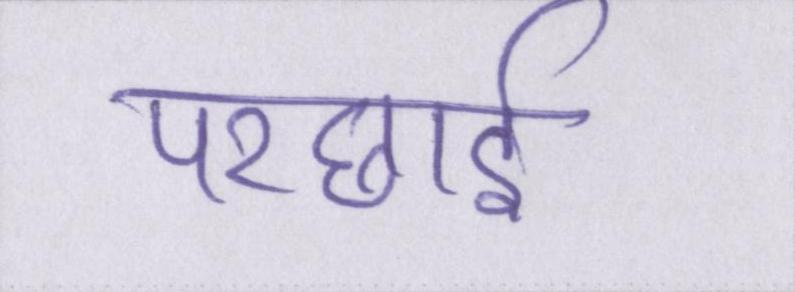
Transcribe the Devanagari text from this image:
परछाईं